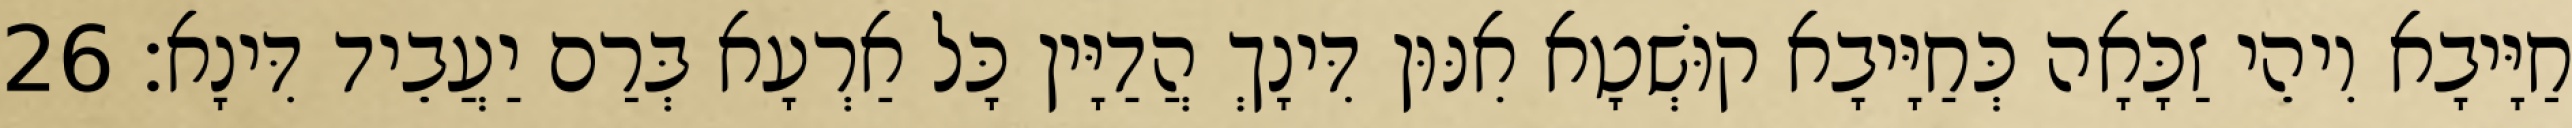
חַיָּיבָא וִיהֵי זַכָּאָה כְּחַיָּיבָא קוּשְׁטָא אִנּוּן דִּינָךְ הֲדַיָּין כָּל אַרְעָא בְּרַם יַעֲבֵיד דִּינָא׃ 26